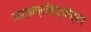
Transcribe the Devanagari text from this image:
आत्मप्रसिद्धीच्या